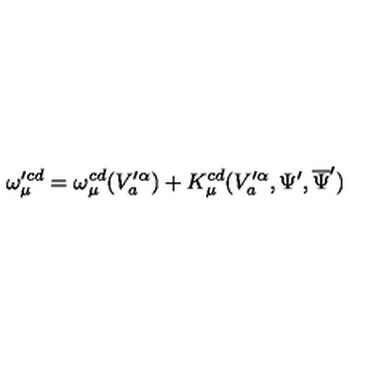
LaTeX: \omega _ { \mu } ^ { \prime c d } = \omega _ { \mu } ^ { c d } ( V _ { a } ^ { \prime \alpha } ) + K _ { \mu } ^ { c d } ( V _ { a } ^ { \prime \alpha } , \Psi ^ { \prime } , \overline { { \Psi } } ^ { \prime } )